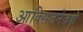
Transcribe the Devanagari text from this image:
आक्सिजनेज़हो